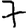
Digit: 7